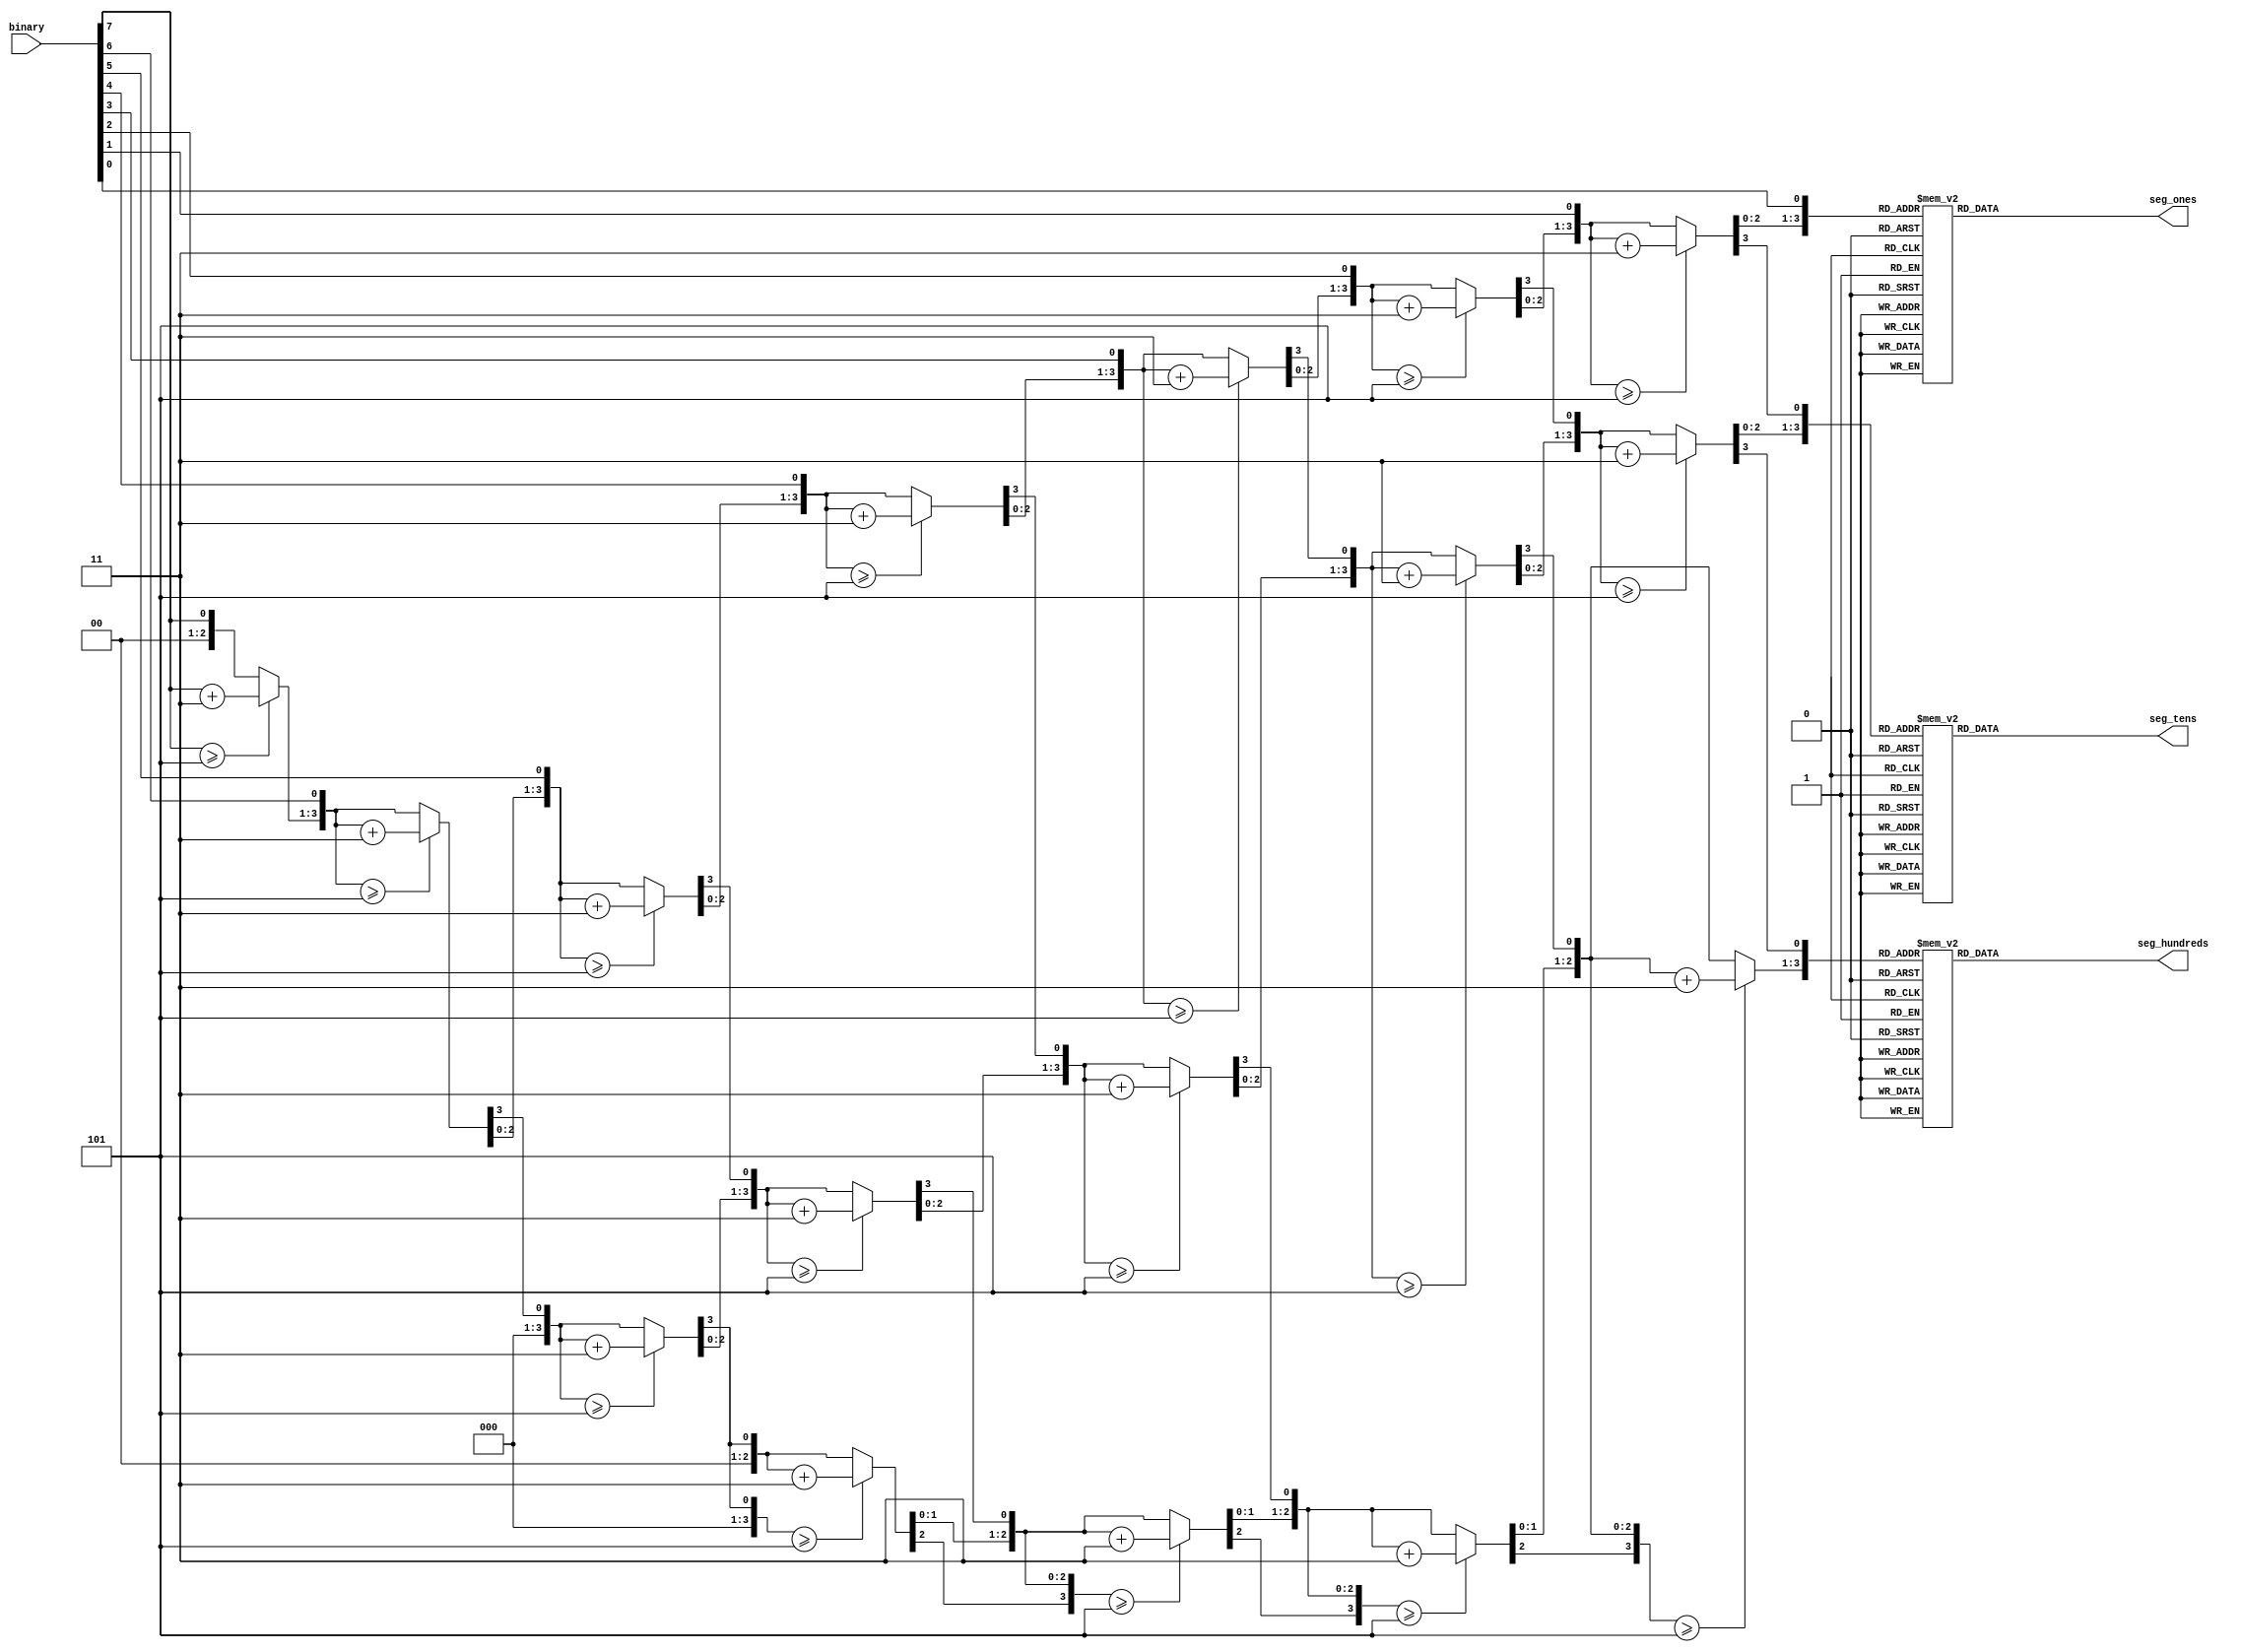
module bcdconverterwith7(binary,seg_hundreds,seg_tens,seg_ones);
	input [7:0]binary;
	output [6:0]seg_hundreds,seg_tens,seg_ones;
	reg [6:0]seg_hundreds,seg_tens,seg_ones;
	reg[3:0]hundreds,tens,ones;
	integer i;
	always@(binary)begin
		hundreds=4'b0000;
		tens=4'b0000;
		ones=4'b0000;
		for(i=7;i>=0;i=i-1)begin
			if(hundreds>=5)hundreds=hundreds+4'b0011;
			if(tens>=5)tens=tens+4'b0011;
			if(ones>=5)ones=ones+4'b0011;
			hundreds=hundreds<<1;
			hundreds[0]=tens[3];
			tens=tens<<1;
			tens[0]=ones[3];
			ones=ones<<1;
			ones[0]=binary[i];
		end
	end
	always@(hundreds)begin
		case(hundreds)
			4'b0000:seg_hundreds=7'b1000000;//0
			4'b0001:seg_hundreds=7'b1111001;//1
			4'b0010:seg_hundreds=7'b0100100;//2
			4'b0011:seg_hundreds=7'b0110000;//3
			4'b0100:seg_hundreds=7'b0011001;//4
			4'b0101:seg_hundreds=7'b0010010;//5
			4'b0110:seg_hundreds=7'b0000010;//6
			4'b0111:seg_hundreds=7'b1111000;//7
			4'b1000:seg_hundreds=7'b0000000;//8
			4'b1001:seg_hundreds=7'b0011000;//9
			default:seg_hundreds=7'b1111111;
		endcase
	end
	always@(tens)begin
		case(tens)
			4'b0000:seg_tens=7'b1000000;//0
			4'b0001:seg_tens=7'b1111001;//1
			4'b0010:seg_tens=7'b0100100;//2
			4'b0011:seg_tens=7'b0110000;//3
			4'b0100:seg_tens=7'b0011001;//4
			4'b0101:seg_tens=7'b0010010;//5
			4'b0110:seg_tens=7'b0000010;//6
			4'b0111:seg_tens=7'b1111000;//7
			4'b1000:seg_tens=7'b0000000;//8
			4'b1001:seg_tens=7'b0011000;//9
			default:seg_tens=7'b1111111;
		endcase
	end
	always@(ones)begin
		case(ones)
			4'b0000:seg_ones=7'b1000000;//0
			4'b0001:seg_ones=7'b1111001;//1
			4'b0010:seg_ones=7'b0100100;//2
			4'b0011:seg_ones=7'b0110000;//3
			4'b0100:seg_ones=7'b0011001;//4
			4'b0101:seg_ones=7'b0010010;//5
			4'b0110:seg_ones=7'b0000010;//6
			4'b0111:seg_ones=7'b1111000;//7
			4'b1000:seg_ones=7'b0000000;//8
			4'b1001:seg_ones=7'b0011000;//9
			default:seg_ones=7'b1111111;
		endcase
	end
endmodule